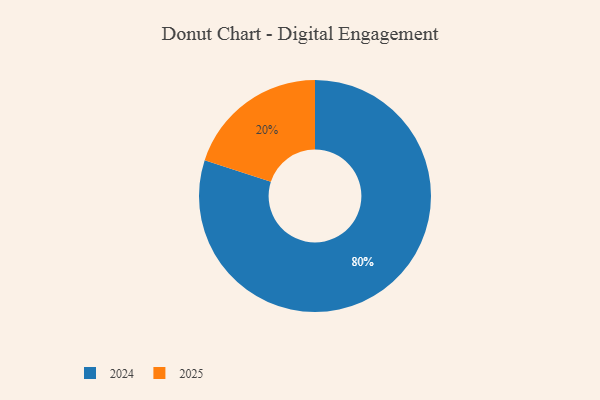
{"axis": {"x": "Category", "y": "Percentage"}, "legend": ["2024", "2025"], "data": [{"x": "2024", "y": 80, "type": "2024"}, {"x": "2025", "y": 20, "type": "2025"}]}